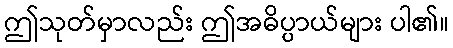
ဤသုတ်မှာလည်း ဤအဓိပ္ပာယ်များ ပါ၏။